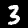
Label: 3